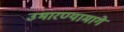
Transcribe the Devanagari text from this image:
उभारण्यामागे